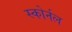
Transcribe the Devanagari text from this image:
स्कोर्नल